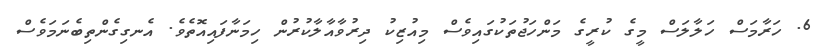
6. ހަރާމަސް ހަލާލަސް މީގެ ކުރީގެ މަންހަޖުތަކުގައިވެސް މިއުޒިކު ދިރުވާއާލާކުރުން ހިމަނާފައިއޮތެވެ. އެނގިގެންތިބެނަމަވެސް